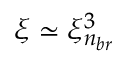
\xi \simeq \xi _ { n _ { b r } } ^ { 3 }